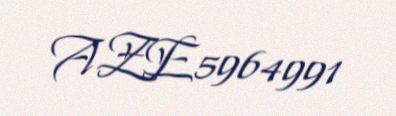
AZE5964991